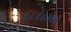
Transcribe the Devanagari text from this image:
१८४८मध्ये